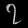
Digit: ၇